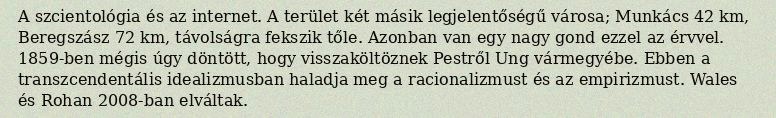
A szcientológia és az internet. A terület két másik legjelentőségű városa; Munkács 42 km, Beregszász 72 km, távolságra fekszik tőle. Azonban van egy nagy gond ezzel az érvvel. 1859-ben mégis úgy döntött, hogy visszaköltöznek Pestről Ung vármegyébe. Ebben a transzcendentális idealizmusban haladja meg a racionalizmust és az empirizmust. Wales és Rohan 2008-ban elváltak.